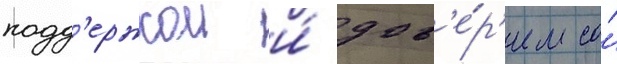
подд'ержкои и́ дов'е́р'ием со́